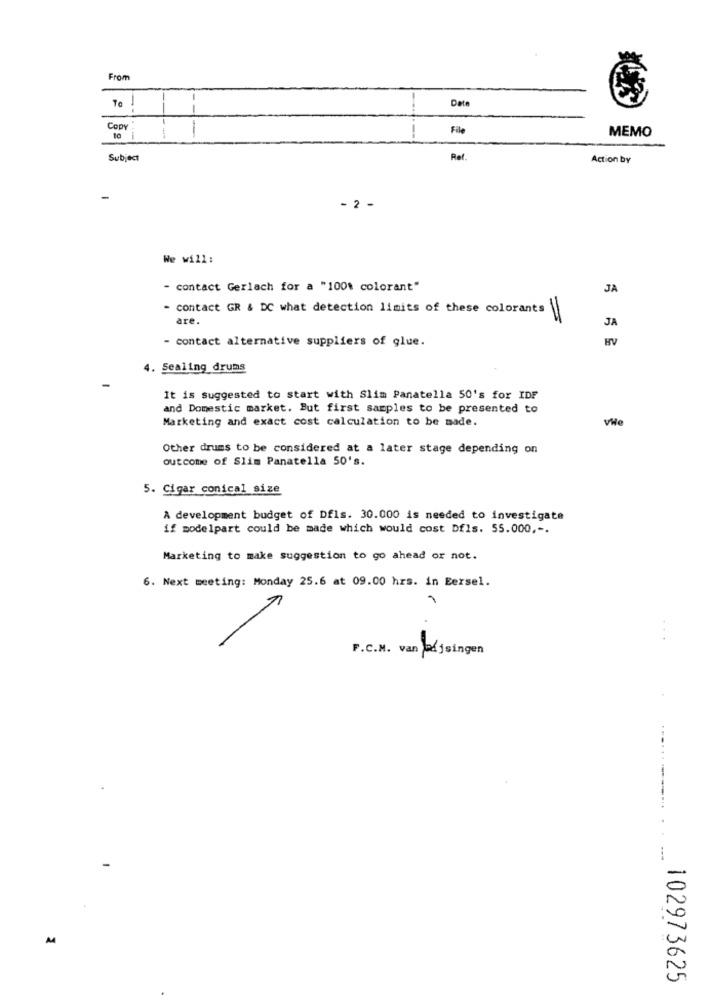
From
Te
Date
Copy
File
MEMO
Subject
Ref.
Action by
-
- 2 -
We will:
- contact Gerlach for a "100% colorant"
JA
- contact GR & DC what detection limits of these colorants\
are.
JA
- contact alternative suppliers of glue.
HV
4. Sealing drums
It is suggested to start with Slim Panatella 50's for IDF
and Domestic market. But first samples to be presented to
Marketing and exact cost calculation to be made.
VHe
Other drums to be considered at a later stage depending on
outcome of Slim Panatella 50's.
5. Cigar conical size
À development budget of Dfls. 30.000 is needed to investigate
if modelpart could be made which would cost Dfls. 55.000 ,-.
Marketing to make suggestion to go ahead or not.
6. Next meeting: Monday 25.6 at 09.00 hrs. in Eersel.
E
F.C.M. van ejsingen
A
102973625